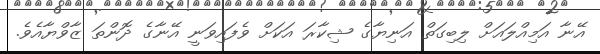
އޭނާ އަމިއްލައަށް ލިބިގަތް އަނިޔާގެ ޝިކާރަ އަކަށް ވެފައިވަނީ އޭނާގެ ދޮންތަ ޒާވްޔާއެވެ.